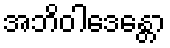
အဘိဝါဒေန္တော